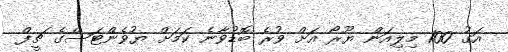
އަގު 100 މިލިއަން ޔޫރޯ އަށް ވުރެ ބޮޑުވާނެ ކަމަށް ޔުވެންޓަސްގެ ޗީފް